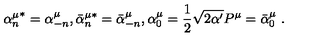
{ \alpha _ { n } ^ { \mu } } ^ { * } = \alpha _ { - n } ^ { \mu } , { \bar { \alpha } _ { n } ^ { \mu * } } = \bar { \alpha } _ { - n } ^ { \mu } , \alpha _ { 0 } ^ { \mu } = \frac { 1 } { 2 } \sqrt { 2 \alpha ^ { \prime } } P ^ { \mu } = \bar { \alpha } _ { 0 } ^ { \mu } \ .